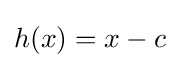
h(x)=x-c